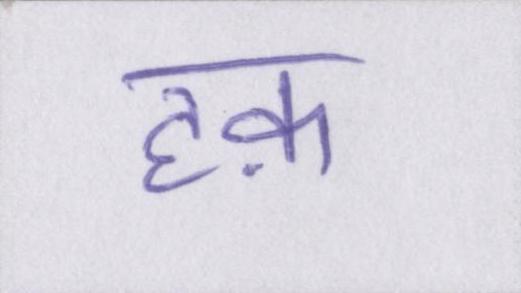
हक़